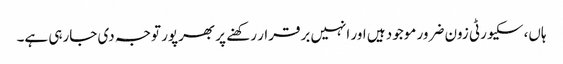
ہاں، سکیورٹی زون ضرور موجود ہیں اور انہیں برقرار رکھنے پر بھرپور توجہ دی جارہی ہے۔